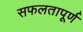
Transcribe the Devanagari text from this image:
सफलतापूर्ण